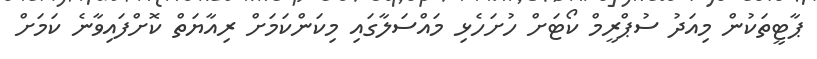
ޕާޓީތަކުން މިއަދު ސުޕްރީމް ކޯޓަށް ހުށަހެޅި މައްސަލާގައި މިކަންކަމަށް ރިއާޔަތް ކޮށްފައިވާނެ ކަމަށް